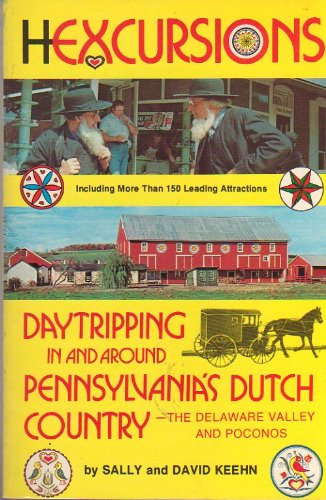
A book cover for Hexcursions: Daytripping in and around Pennsylvania's Dutch country, the Delaware Valley and Poconos; Sally M Keehn; Travel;